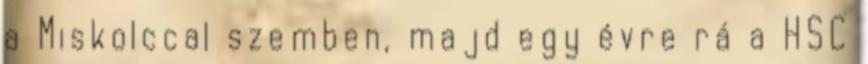
a Miskolccal szemben, majd egy évre rá a HSC